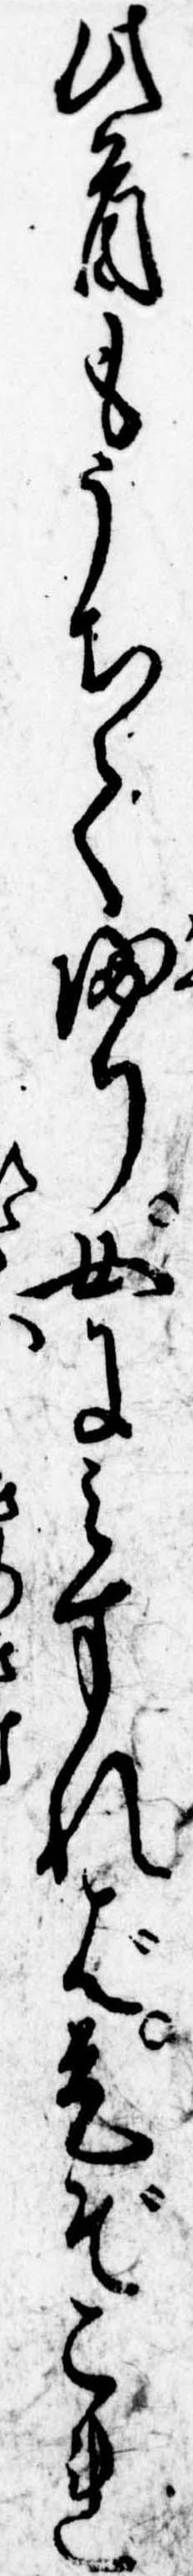
此首もうちて帰り女にみすれば是ぞこれ